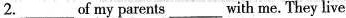
2.___of my parents___with me. They live